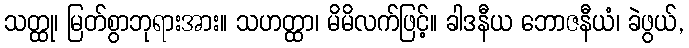
သတ္ထု၊ မြတ်စွာဘုရားအား။ သဟတ္ထာ၊ မိမိလက်ဖြင့်။ ခါဒနီယ ဘောဇနီယံ၊ ခဲဖွယ်,